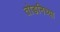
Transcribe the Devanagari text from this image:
तोडनिच्या